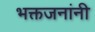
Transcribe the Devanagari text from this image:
भक्तजनांनी